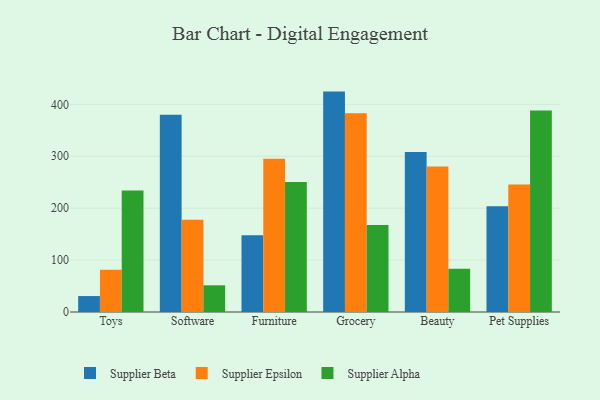
{"axis": {"x": "Category", "y": "Revenue (USD Million)"}, "legend": ["Supplier Alpha", "Supplier Beta", "Supplier Epsilon"], "data": [{"x": "Toys", "y": 30.7, "type": "Supplier Beta"}, {"x": "Toys", "y": 81.2, "type": "Supplier Epsilon"}, {"x": "Toys", "y": 233.8, "type": "Supplier Alpha"}, {"x": "Software", "y": 380.0, "type": "Supplier Beta"}, {"x": "Software", "y": 177.9, "type": "Supplier Epsilon"}, {"x": "Software", "y": 51.4, "type": "Supplier Alpha"}, {"x": "Furniture", "y": 148.0, "type": "Supplier Beta"}, {"x": "Furniture", "y": 295.1, "type": "Supplier Epsilon"}, {"x": "Furniture", "y": 250.6, "type": "Supplier Alpha"}, {"x": "Grocery", "y": 424.5, "type": "Supplier Beta"}, {"x": "Grocery", "y": 382.9, "type": "Supplier Epsilon"}, {"x": "Grocery", "y": 167.5, "type": "Supplier Alpha"}, {"x": "Beauty", "y": 308.4, "type": "Supplier Beta"}, {"x": "Beauty", "y": 280.2, "type": "Supplier Epsilon"}, {"x": "Beauty", "y": 83.3, "type": "Supplier Alpha"}, {"x": "Pet Supplies", "y": 203.5, "type": "Supplier Beta"}, {"x": "Pet Supplies", "y": 245.5, "type": "Supplier Epsilon"}, {"x": "Pet Supplies", "y": 388.1, "type": "Supplier Alpha"}]}